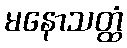
မနောသတ္ထံ